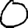
Digit: 0